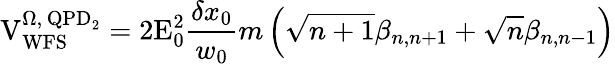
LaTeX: \mathrm{V}_{\mathrm{WFS}}^{\Omega,\, \mathrm{QPD}_{2}}=2\mathrm{E}_{0}^{2}\frac{\delta x_{0}}{w_{0}}m\left(\sqrt{n+1}\beta_{n,n+1}+\sqrt{n}\beta_{n,n-1}\right)